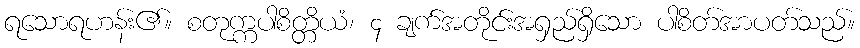
ရသောရဟန်း၏။ စတုက္ကပါစိတ္တိယံ၊ ၄ ချက်အတိုင်းအရှည်ရှိသော ပါစိတ်အာပတ်သည်။